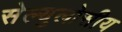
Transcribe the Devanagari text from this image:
सेल्युलोसीय